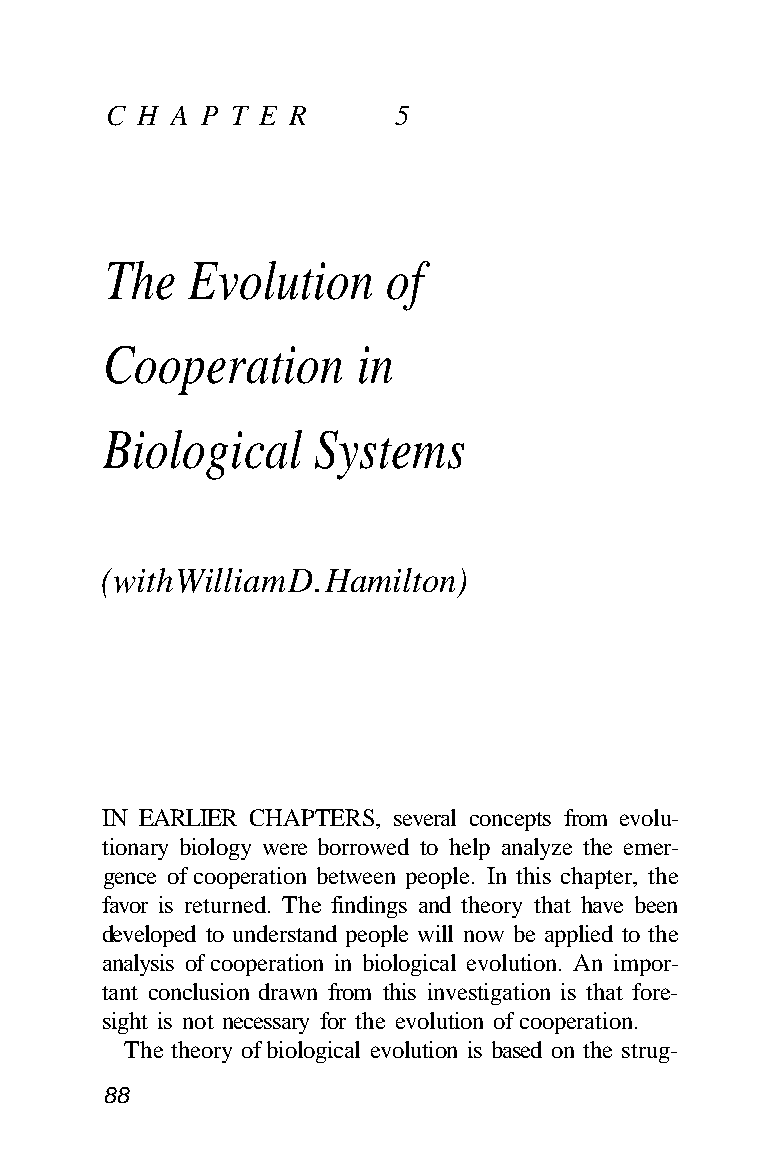
C H A P T E R     5
 The  Evolution     of
 Cooperation      in
 Biological    Systems
 (with William D. Hamilton)
 IN EARLIER CHAPTERS, several concepts from evolu-
 tionary biology were borrowed to help analyze the emer-
 gence of cooperation between people. In this chapter, the
 favor is returned. The findings and theory that have been
 developed to understand people will now be applied to the
 analysis of cooperation in biological evolution. An impor-
 tant conclusion drawn from this investigation is that fore-
 sight is not necessary for the evolution of cooperation.
 The theory of biological evolution is based on the strug-
 88